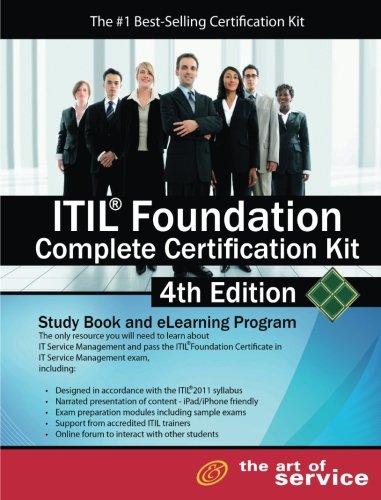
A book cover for ItilÂ® Foundation Complete Certification Kit - Study Book and eLearning Program - 4th edition; Ivanka Menken; Business & Money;